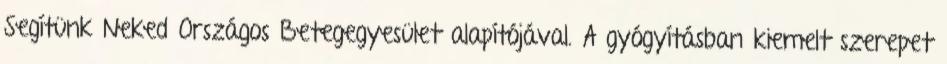
Segítünk Neked Országos Betegegyesület alapítójával. A gyógyításban kiemelt szerepet